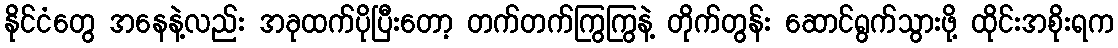
နိုင်ငံတွေ အနေနဲ့လည်း အခုထက်ပိုပြီးတော့ တက်တက်ကြွကြွနဲ့ တိုက်တွန်း ဆောင်ရွက်သွားဖို့ ထိုင်းအစိုးရက